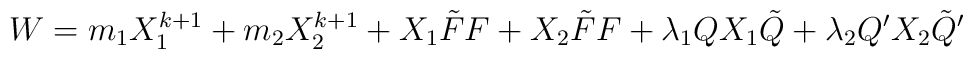
W=m_1 X_1^{k+1} + m_2 X_2^{k+1} + X_1 \tilde{F} F + X_2 \tilde{F} F +\lambda_1 Q X_1 \tilde{Q} + \lambda_2 Q' X_2 \tilde{Q}'